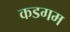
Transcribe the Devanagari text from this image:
कडगम